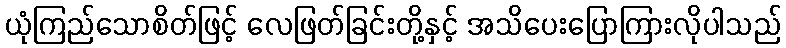
ယုံကြည်သောစိတ်ဖြင့် လေဖြတ်ခြင်းတို့နှင့် အသိပေးပြောကြားလိုပါသည်